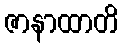
ဇာနာထာတိ